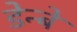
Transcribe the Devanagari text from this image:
डेन्बे